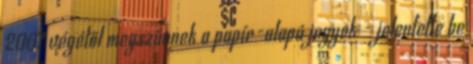
2007 végétől megszűnnek a papír-alapú jegyek - jelentette be